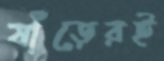
ষাঁড়েরই